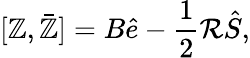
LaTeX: [\mathbb{Z},\bar{{\mathbb{Z}}}]=B\hat{{e}}-\frac{{1}}{{2}}\mathcal{R}\hat{{S}},